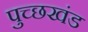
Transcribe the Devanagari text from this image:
पुच्छखंड